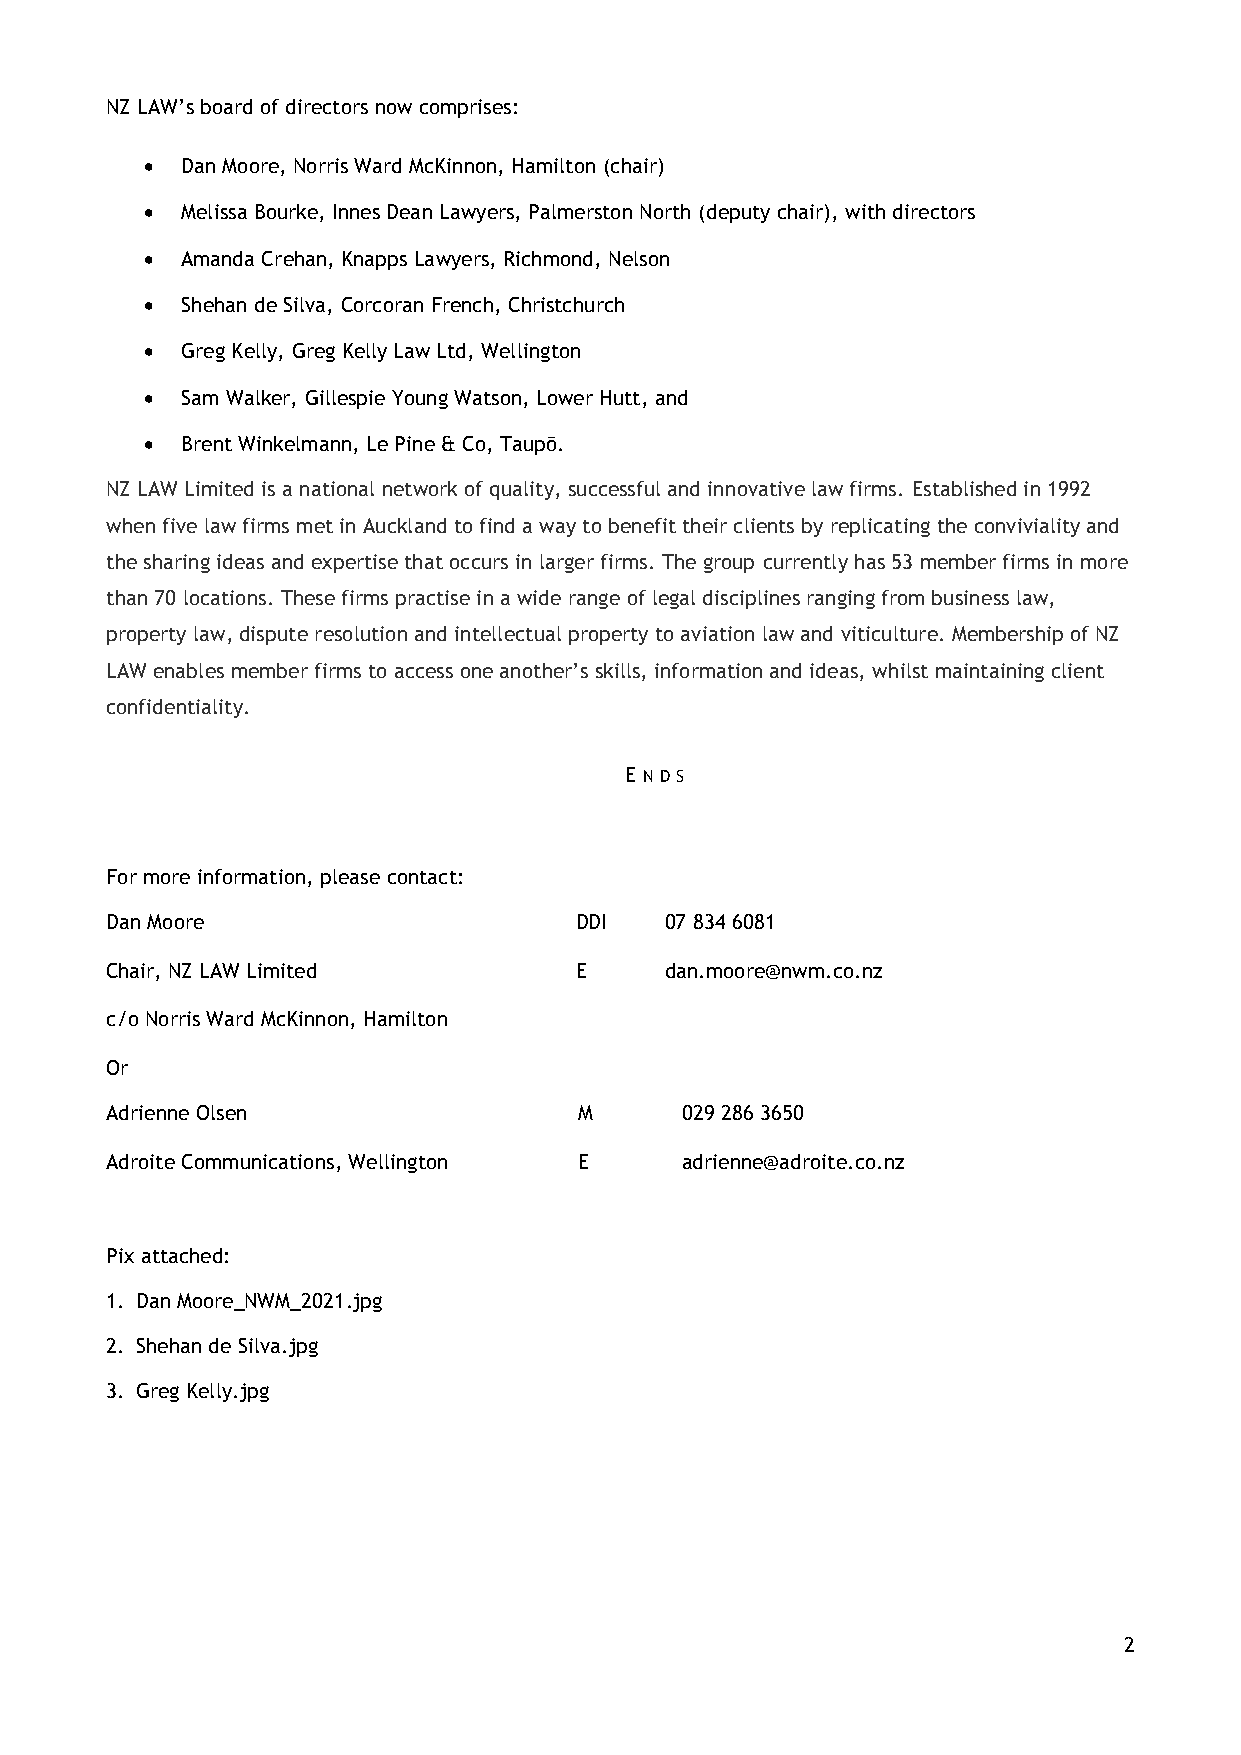
NZ LAW’s board of directors now comprises:
 • Dan Moore, Norris Ward McKinnon, Hamilton (chair)
 • Melissa Bourke, Innes Dean Lawyers, Palmerston North (deputy chair), with directors
 • Amanda Crehan, Knapps Lawyers, Richmond, Nelson
 • Shehan de Silva, Corcoran French, Christchurch
 • Greg Kelly, Greg Kelly Law Ltd, Wellington
 • Sam Walker, Gillespie Young Watson, Lower Hutt, and
 • Brent Winkelmann, Le Pine & Co, Taupō.
 NZ LAW Limited is a national network of quality, successful and innovative law firms. Established in 1992
 when five law firms met in Auckland to find a way to benefit their clients by replicating the conviviality and
 the sharing ideas and expertise that occurs in larger firms. The group currently has 53 member firms in more
 than 70 locations. These firms practise in a wide range of legal disciplines ranging from business law,
 property law, dispute resolution and intellectual property to aviation law and viticulture. Membership of NZ
 LAW enables member firms to access one another’s skills, information and ideas, whilst maintaining client
 confidentiality.
 EN DS
 For more information, please contact:
 Dan Moore                      DDI   07 834 6081
 Chair, NZ LAW Limited          E     dan.moore@nwm.co.nz
 c/o Norris Ward McKinnon, Hamilton
 Or
 Adrienne Olsen                 M      029 286 3650
 Adroite Communications, Wellington E  adrienne@adroite.co.nz
 Pix attached:
 1. Dan Moore_NWM_2021.jpg
 2. Shehan de Silva.jpg
 3. Greg Kelly.jpg
 2